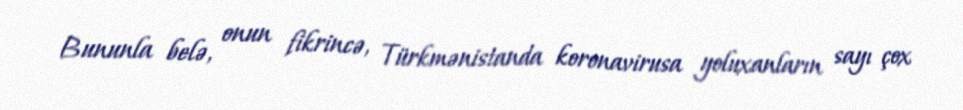
Bununla belə, onun fikrincə, Türkmənistanda koronavirusa yoluxanların sayı çox